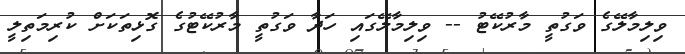
ވިލިމާލޭގެ ވަގުތީ މާރުކޭޓު -- ވިލިމާލޭގައި ހަދާ ވަގުތީ މާރުކޭޓުގެ ގޮޅިތަކަށް ކުރިމަތިލީ